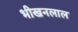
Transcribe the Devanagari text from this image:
भीखनलाल